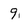
Character: 9